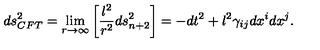
d s _ { C F T } ^ { 2 } = \lim _ { r \to \infty } \left[ { \frac { l ^ { 2 } } { r ^ { 2 } } } d s _ { n + 2 } ^ { 2 } \right] = - d t ^ { 2 } + l ^ { 2 } \gamma _ { i j } d x ^ { i } d x ^ { j } .